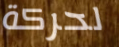
لحركة